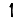
Digit: 1